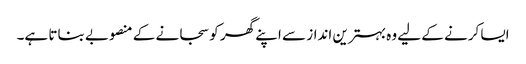
ایسا کرنے کے لیے وہ بہترین انداز سے اپنے گھر کو سجانے کے منصوبے بناتا ہے۔